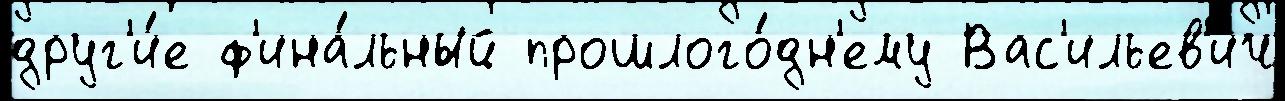
друг'и́е ф'ина́льный прошлого́дн'ему Вас'ильев'ич